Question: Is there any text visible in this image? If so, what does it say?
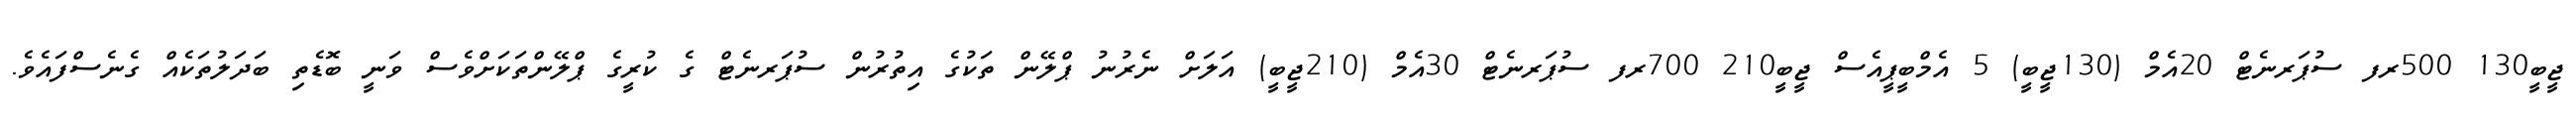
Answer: ޖީބީ130 500ރފ ސުޕަރނެޓް 20އެމް (130ޖީބީ) 5 އެމްބީޕީއެސް ޖީބީ210 700ރފ ސުޕަރނެޓް 30އެމް (210ޖީބީ) އަލަށް ނެރުނު ޕްލޭން ތަކުގެ އިތުރުން ސުޕަރނެޓް ގެ ކުރީގެ ޕްލޭންތަކަށްވެސް ވަނީ ބޮޑެތި ބަދަލުތަކެއް ގެނެސްފައެވެ.